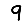
Digit: 9